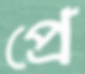
প্রে